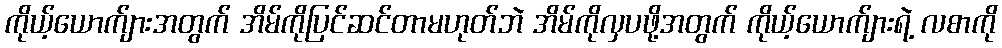
ကိုယ့်ယောက်ျားအတွက် အိမ်ကိုပြင်ဆင်တာမဟုတ်ဘဲ အိမ်ကိုလှပဖို့အတွက် ကိုယ့်ယောက်ျားရဲ့ လစာကို